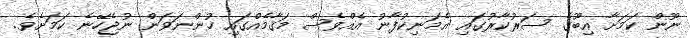
ނޫން ކަމަށާ އިބޫގެ ސަރުކާރުގައި އެމަނިކުފާނު އެއްވެސް މަޤާމެއްގައި ހުންނަވަން ނުޖެހޭނެ ކަމަށެވެ.